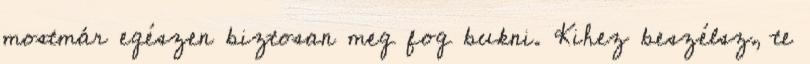
mostmár egészen biztosan meg fog bukni. Kihez beszélsz, te